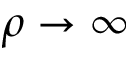
\rho \to \infty